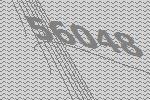
56048